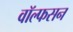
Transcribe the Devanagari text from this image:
वॉल्फसन